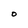
Character: O